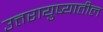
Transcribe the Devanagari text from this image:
उत्तरायुष्यातील